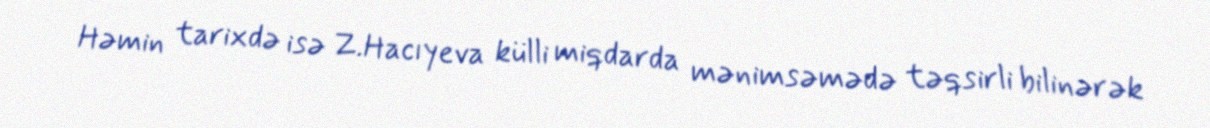
Həmin tarixdə isə Z.Hacıyeva külli miqdarda mənimsəmədə təqsirli bilinərək